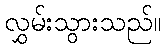
လွှမ်းသွားသည်။